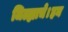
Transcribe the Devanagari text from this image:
जिल्ह्याचे।हन